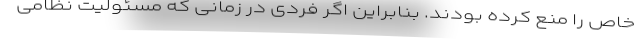
خاص را منع کرده بودند. بنابراین اگر فردی در زمانی که مسئولیت نظامی